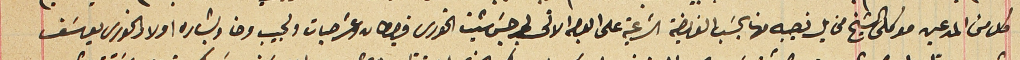
كل من المدعين موكلى الشيخ مخايل نصيبه منها بحسَب الفريضة الشرعية على الوجه الاتى لجرجس شيت الخورى قيرطان وعشر حبات ولحبيب وحنا وبشاره اولاد الخورى يوسَف+